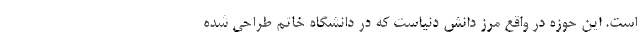
است. این حوزه در واقع مرز دانش دنیاست كه در دانشگاه خاتم طراحی شده